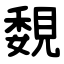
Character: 覣